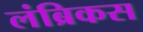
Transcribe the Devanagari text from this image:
लंब्रिकस